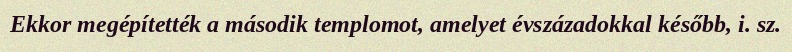
Ekkor megépítették a második templomot, amelyet évszázadokkal később, i. sz.